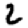
Digit: 2